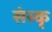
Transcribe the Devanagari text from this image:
संस्कृ